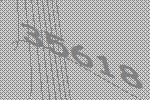
35618